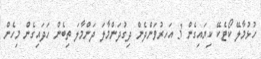
ހުޅުމާލޭ ކޯޓެކޭ ކިޔައިގެން 3 އަހރުވަންދެން ދިގުދަންމާލަ ދަންމާލަ ތިބެން ހަދައިގެން މިހެން